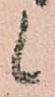
候